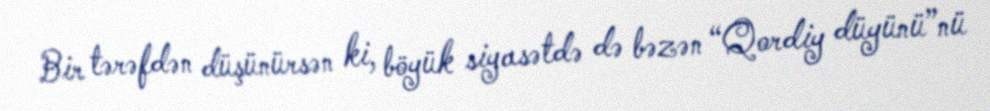
Bir tərəfdən düşünürsən ki, böyük siyasətdə də bəzən “Qordiy düyünü”nü